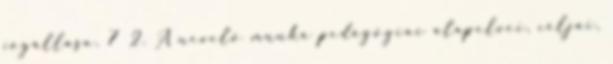
jogállása. 7 2. A nevelő munka pedagógiai alapelvei, céljai,